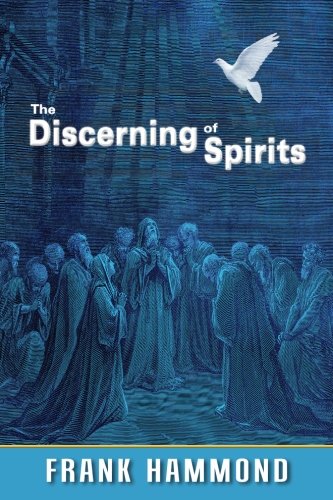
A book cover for The Discerning of Spirits; Frank Hammond; Christian Books & Bibles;